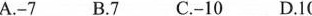
A.-7B.7C.-10D.1()